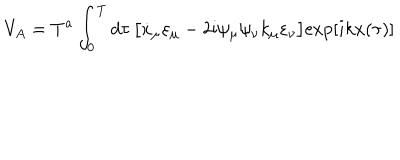
V _ { A } = T ^ { a } \int _ { 0 } ^ { T } d \tau \, \bigl [ \dot { x } _ { \mu } \varepsilon _ { \mu } - 2 \mathrm { i } \psi _ { \mu } \psi _ { \nu } k _ { \mu } \varepsilon _ { \nu } \bigr ] \mathrm { e x p } [ i k x ( { \tau } ) ]